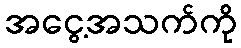
အငွေ့အသက်ကို